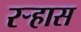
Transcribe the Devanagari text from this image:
रऱ्हास